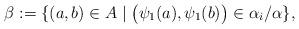
LaTeX: \begin{align*}\beta := \{ (a, b) \in A \mid \big(\psi_1 (a), \psi_1 (b)\big) \in \alpha_i / \alpha \},\end{align*}